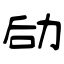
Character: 劶